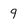
Character: q